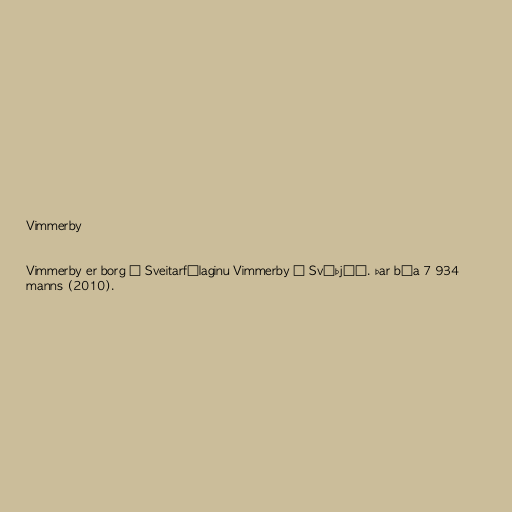
Vimmerby

Vimmerby er borg í Sveitarfélaginu Vimmerby í Svíþjóð. Þar búa 7 934
manns (2010).